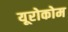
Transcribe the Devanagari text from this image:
यूरोकोम